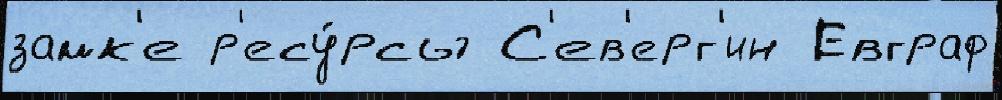
замк'е р'есу́рсы С'ев'ерг'ин Евграф